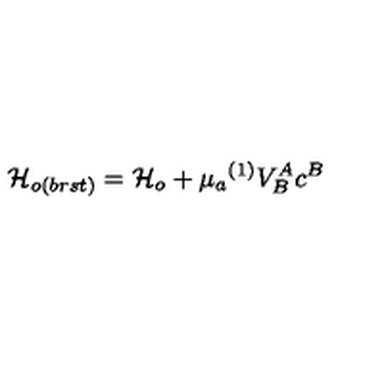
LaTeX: { \cal H } _ { o ( b r s t ) } = { \cal H } _ { o } + \mu _ { a } { } ^ { ( 1 ) } V _ { B } ^ { A } c ^ { B }